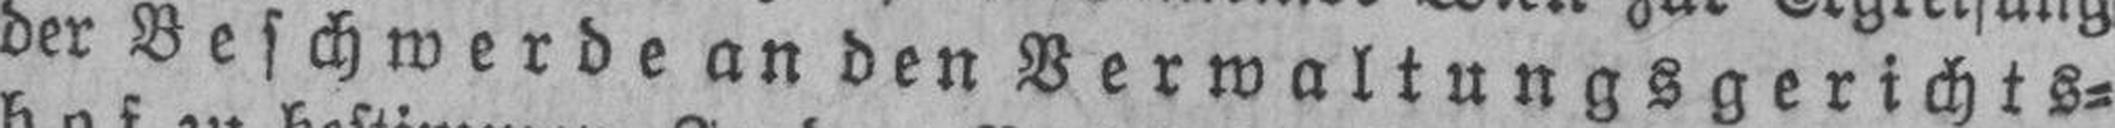
der Beschwerde an den Verwaltungsgerichts¬